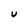
Character: U